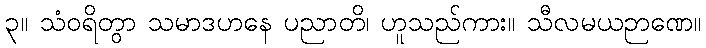
၃။ သံဝရိတွာ သမာဒဟနေ ပညာတိ၊ ဟူသည်ကား။ သီလမယဉာဏေ။